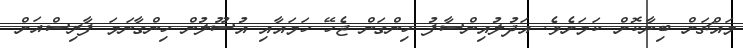
މައްޗަށް ބިނާކޮށް ކަމަށެވެ. އަދުލުއިންސާފު ހިންގަން ޖެހޭ ހަމައާއި އުސޫލުން ހިންގާނަމަ ފާރިސްއަށް